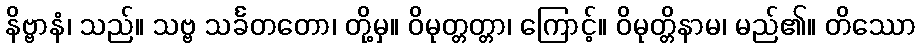
နိဗ္ဗာနံ၊ သည်။ သဗ္ဗ သင်္ခတတော၊ တို့မှ။ ဝိမုတ္တတ္တာ၊ ကြောင့်။ ဝိမုတ္တိနာမ၊ မည်၏။ တိဿော